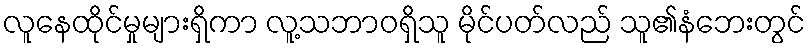
လူနေထိုင်မှုများရှိကာ လူ့သဘာဝရှိသူ မိုင်ပတ်လည် သူ၏နံဘေးတွင်